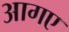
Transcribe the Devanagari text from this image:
आगए